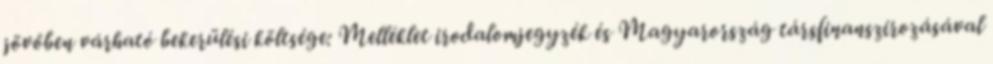
jövőben várható bekerülési költsége: Melléklet irodalomjegyzék és Magyarország társfinanszírozásával